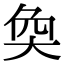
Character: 奐